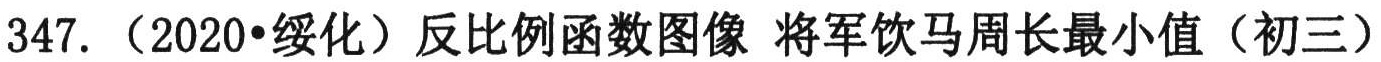
347.（2020•绥化）反比例函数图像 将军饮马周长最小值（初三）